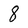
Character: 8